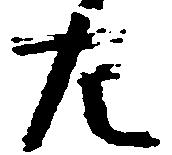
左